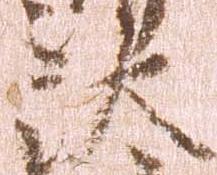
汰